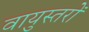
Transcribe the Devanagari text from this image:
वायुस्तरों